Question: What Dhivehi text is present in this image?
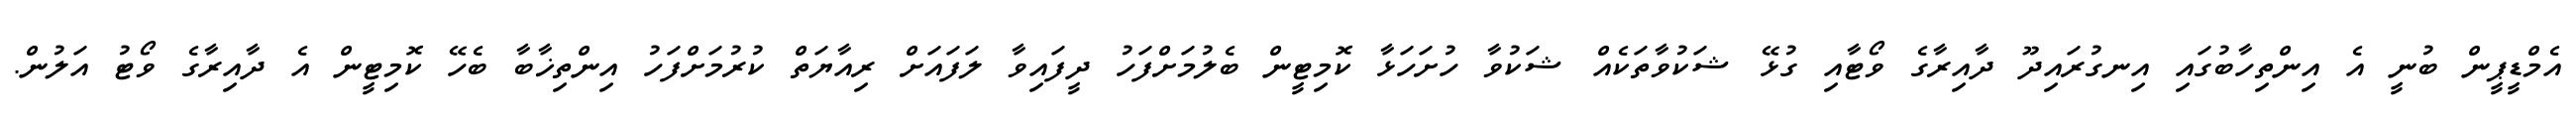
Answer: އެމްޑީޕީން ބުނީ އެ އިންތިހާބުގައި އިނގުރައިދޫ ދާއިރާގެ ވޯޓާއި ގުޅޭ ޝަކުވާތަކެއް ޝަކުވާ ހުށަހަޅާ ކޮމިޓީން ބެލުމަށްފަހު ދީފައިވާ ލަފައަށް ރިއާޔަތް ކުރުމަށްފަހު އިންތިޚާބާ ބެހޭ ކޮމިޓީން އެ ދާއިރާގެ ވޯޓު އަލުން.